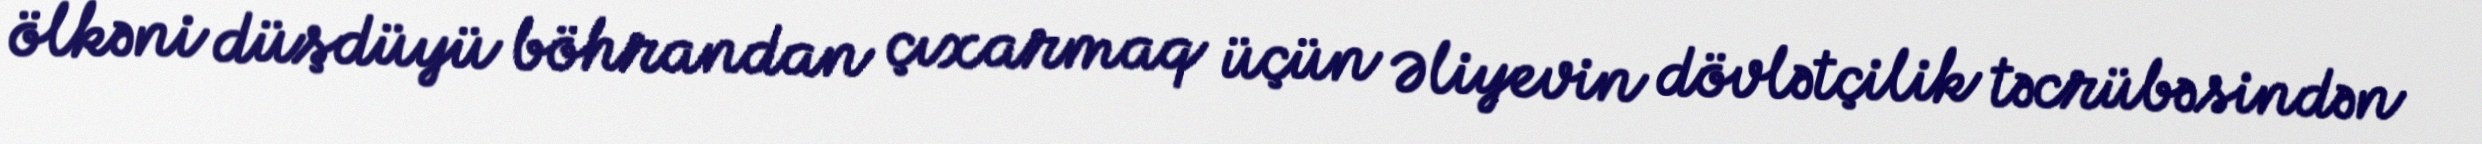
ölkəni düşdüyü böhrandan çıxarmaq üçün Əliyevin dövlətçilik təcrübəsindən